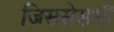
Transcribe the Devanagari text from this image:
जिससेसभी